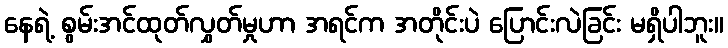
နေရဲ့ စွမ်းအင်ထုတ်လွှတ်မှုဟာ အရင်က အတိုင်းပဲ ပြောင်းလဲခြင်း မရှိပါဘူး။